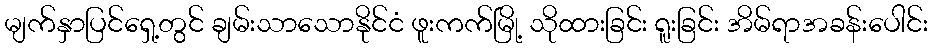
မျက်နှာပြင်ရှေ့တွင် ချမ်းသာသောနိုင်ငံ ဖူးကက်မြို့ သိုထားခြင်း ရူးခြင်း အိမ်ရာအခန်းပေါင်း